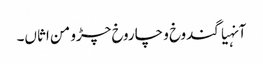
آنہیاگندوخ و چاروخ چڑو من اثاں۔